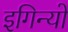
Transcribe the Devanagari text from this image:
इगिन्यो